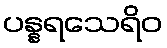
ပန္နရသေရိဝ